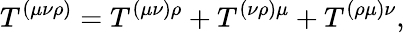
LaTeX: T^{(\mu\nu\rho)}=T^{(\mu\nu)\rho}+T^{(\nu\rho)\mu}+T^{(\rho\mu)\nu},